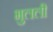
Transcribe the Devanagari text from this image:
भुलली